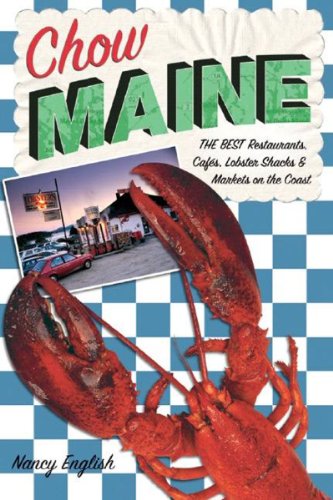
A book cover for Chow Maine: The Best Restaurants, Cafes, Lobster Shacks & Markets On The Coast; Nancy English; Travel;